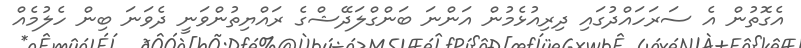
އެގޮތުން އެ ސަރަހައްދުގައި ދިރިއުޅެމުން އަންނަ ބަންގްލަދޭޝްގެ ރައްޔިތުންވަނީ ދެވަނަ ބިން ހެލުމެއް